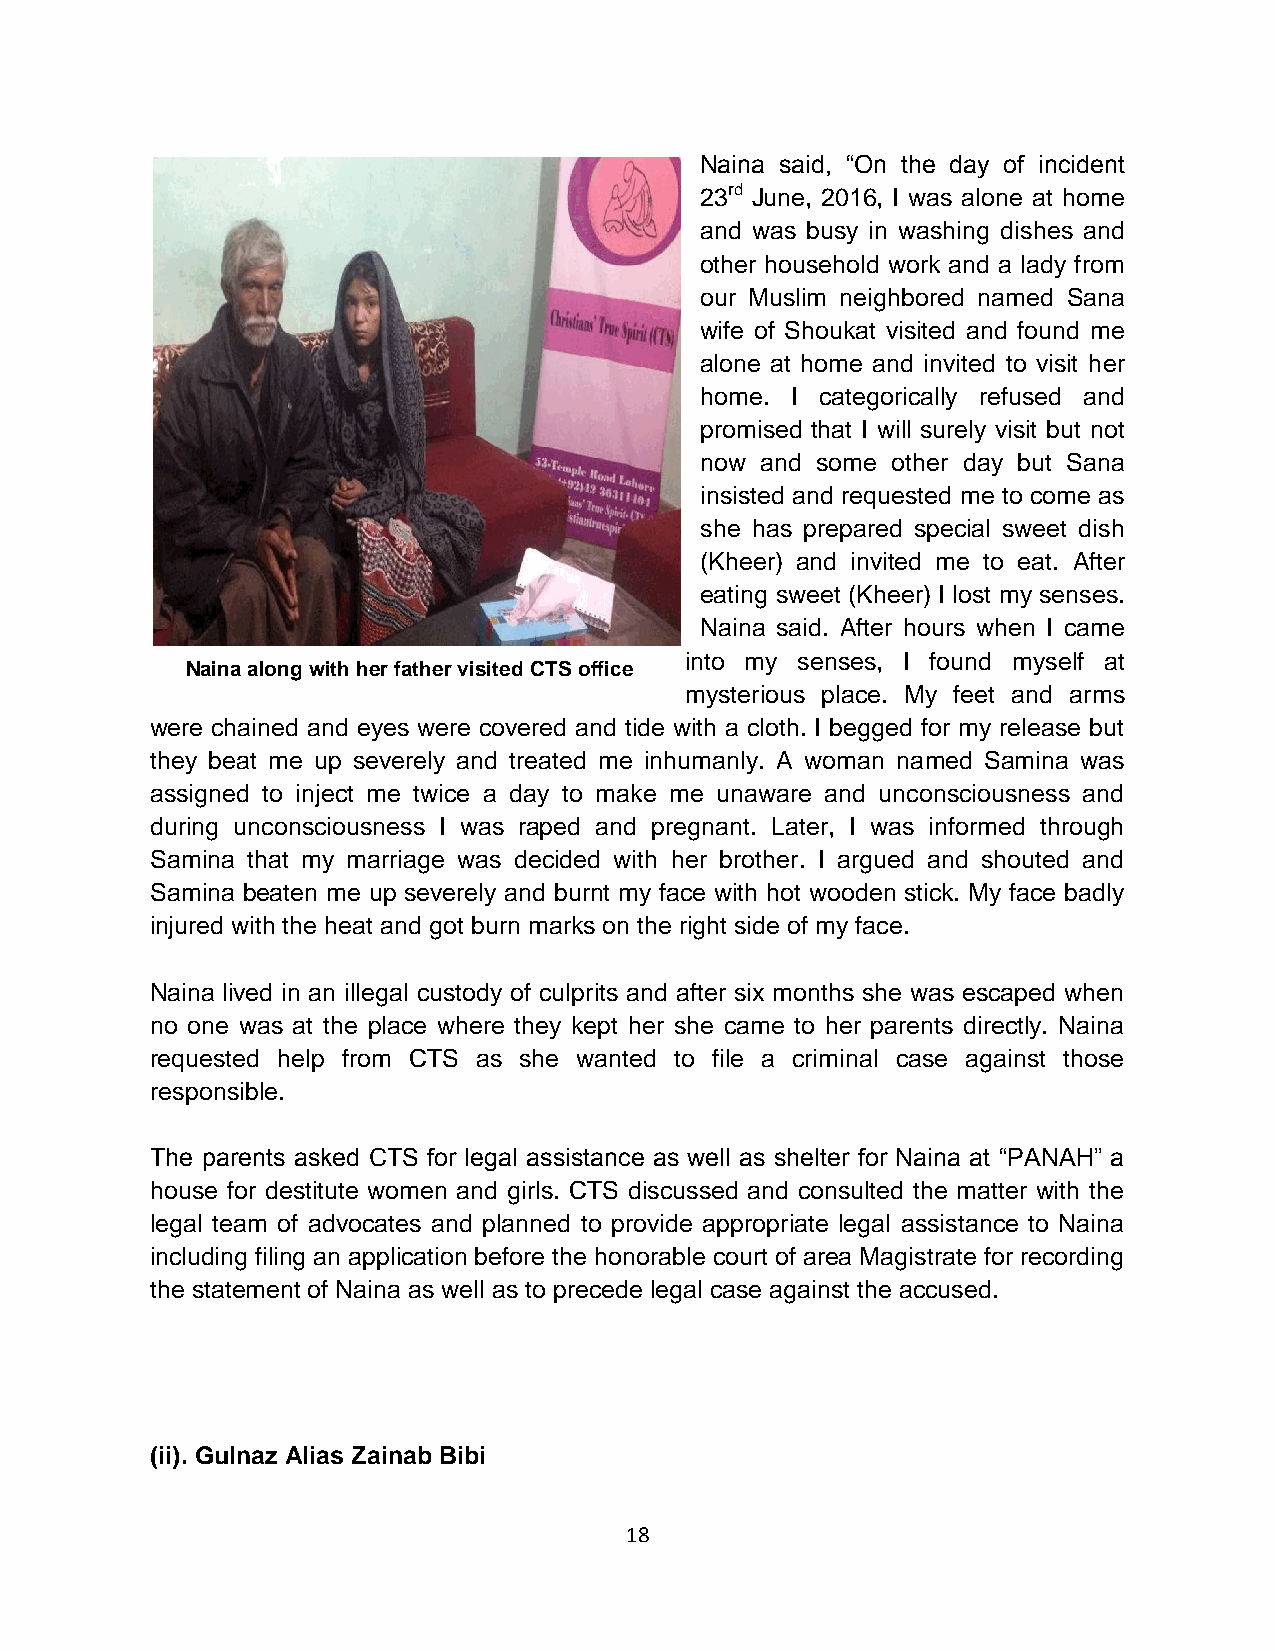
Naina said, “On the day of incident
 23rd June, 2016, I was alone at home
 and was busy in washing dishes and
 other household work and a lady from
 our Muslim neighbored named Sana
 wife of Shoukat visited and found me
 alone at home and invited to visit her
 home. I categorically refused and
 promised that I will surely visit but not
 now and some other day but Sana
 insisted and requested me to come as
 she has prepared special sweet dish
 (Kheer) and invited me to eat. After
 eating sweet (Kheer) I lost my senses.
 Naina said. After hours when I came
 into my senses, I found myself at
 Naina along with her father visited CTS office
 mysterious place. My feet and arms
 were chained and eyes were covered and tide with a cloth. I begged for my release but
 they beat me up severely and treated me inhumanly. A woman named Samina was
 assigned to inject me twice a day to make me unaware and unconsciousness and
 during unconsciousness I was raped and pregnant. Later, I was informed through
 Samina that my marriage was decided with her brother. I argued and shouted and
 Samina beaten me up severely and burnt my face with hot wooden stick. My face badly
 injured with the heat and got burn marks on the right side of my face.
 Naina lived in an illegal custody of culprits and after six months she was escaped when
 no one was at the place where they kept her she came to her parents directly. Naina
 requested help from CTS as she wanted to file a criminal case against those
 responsible.
 The parents asked CTS for legal assistance as well as shelter for Naina at “PANAH” a
 house for destitute women and girls. CTS discussed and consulted the matter with the
 legal team of advocates and planned to provide appropriate legal assistance to Naina
 including filing an application before the honorable court of area Magistrate for recording
 the statement of Naina as well as to precede legal case against the accused.
 (ii). Gulnaz Alias Zainab Bibi
 18